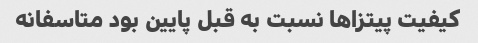
کیفیت پیتزا‌ها نسبت به قبل پایین بود متاسفانه